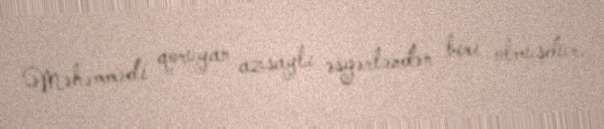
Məhəmmədi qoruyan azsaylı əsgərlərdən biri olmuşdur.